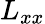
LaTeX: L_{xx}